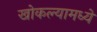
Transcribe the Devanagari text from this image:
खोकल्यामध्ये